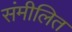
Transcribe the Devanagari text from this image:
संमीलित